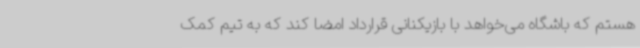
هستم که باشگاه می‌خواهد با بازیکنانی قرارداد امضا کند که به تیم کمک